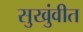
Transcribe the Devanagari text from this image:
सुखुंवीत